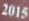
2015